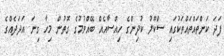
ފަދަ ކަންތައްތައްތަކުގައި ސްކޫލު ކުދިންގެ ހިއްސާއެއް ބޭއްވުމުގެ ގޮތުން މިހާ ގިނަ އަަދަދެއްގެ